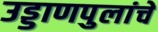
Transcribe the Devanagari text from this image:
उड्डाणपुलांचे